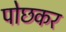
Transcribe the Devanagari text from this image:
पोछकर